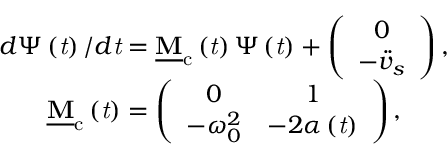
\begin{array} { c } { d \boldsymbol { \Psi } \left( \mathit { t } \right) / d \mathit { t } = \mathbf { \underline { { M } } } _ { \mathrm { c } } \left( \mathit { t } \right) \boldsymbol { \Psi } \left( \mathit { t } \right) + \left( \begin{array} { c } { 0 } \\ { - \ddot { v } _ { s } } \end{array} \right) , } \\ { \mathbf { \underline { { M } } } _ { \mathrm { c } } \left( \mathit { t } \right) = \left( \begin{array} { c c } { 0 } & { 1 } \\ { - \omega _ { 0 } ^ { 2 } } & { - 2 \alpha \left( \mathit { t } \right) } \end{array} \right) , } \end{array}